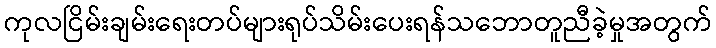
ကုလငြိမ်းချမ်းရေးတပ်များရုပ်သိမ်းပေးရန်သဘောတူညီခဲ့မှုအတွက်